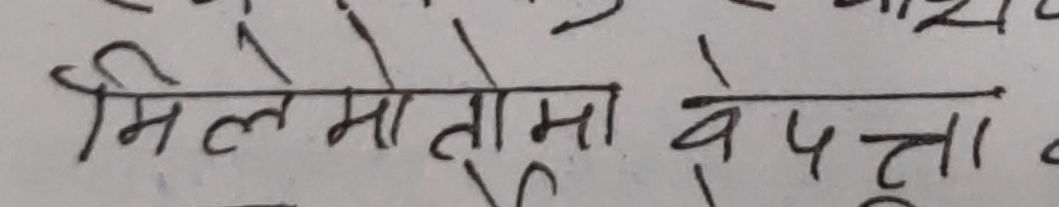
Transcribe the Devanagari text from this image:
मिले मोतोमा वेपत्ता